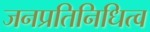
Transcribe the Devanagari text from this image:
जनप्रतिनिधित्व